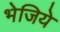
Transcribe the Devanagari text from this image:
भेजिये